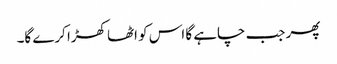
پھر جب چاہے گا اس کو اٹھا کھڑا کرے گا۔